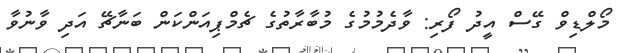
މޯލްޑިވް ގޭސް އީދު ފޯރި: ވާދެމުމުގެ މުބާރާތުގެ ޗެމްޕިއަންކަން ބަނާޗޭ އަދި ވާނުވާ